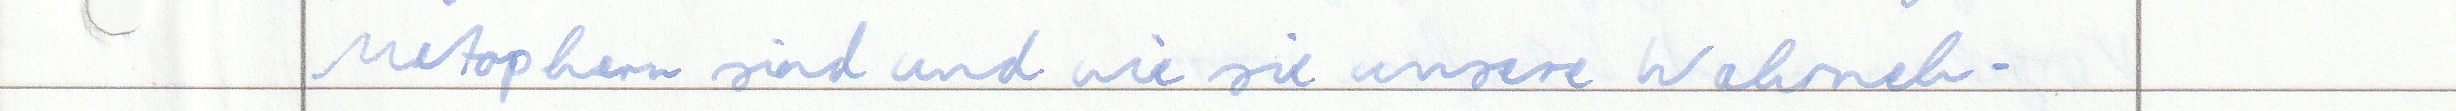
Metaphern sind und wie sie unsere Wahrneh -